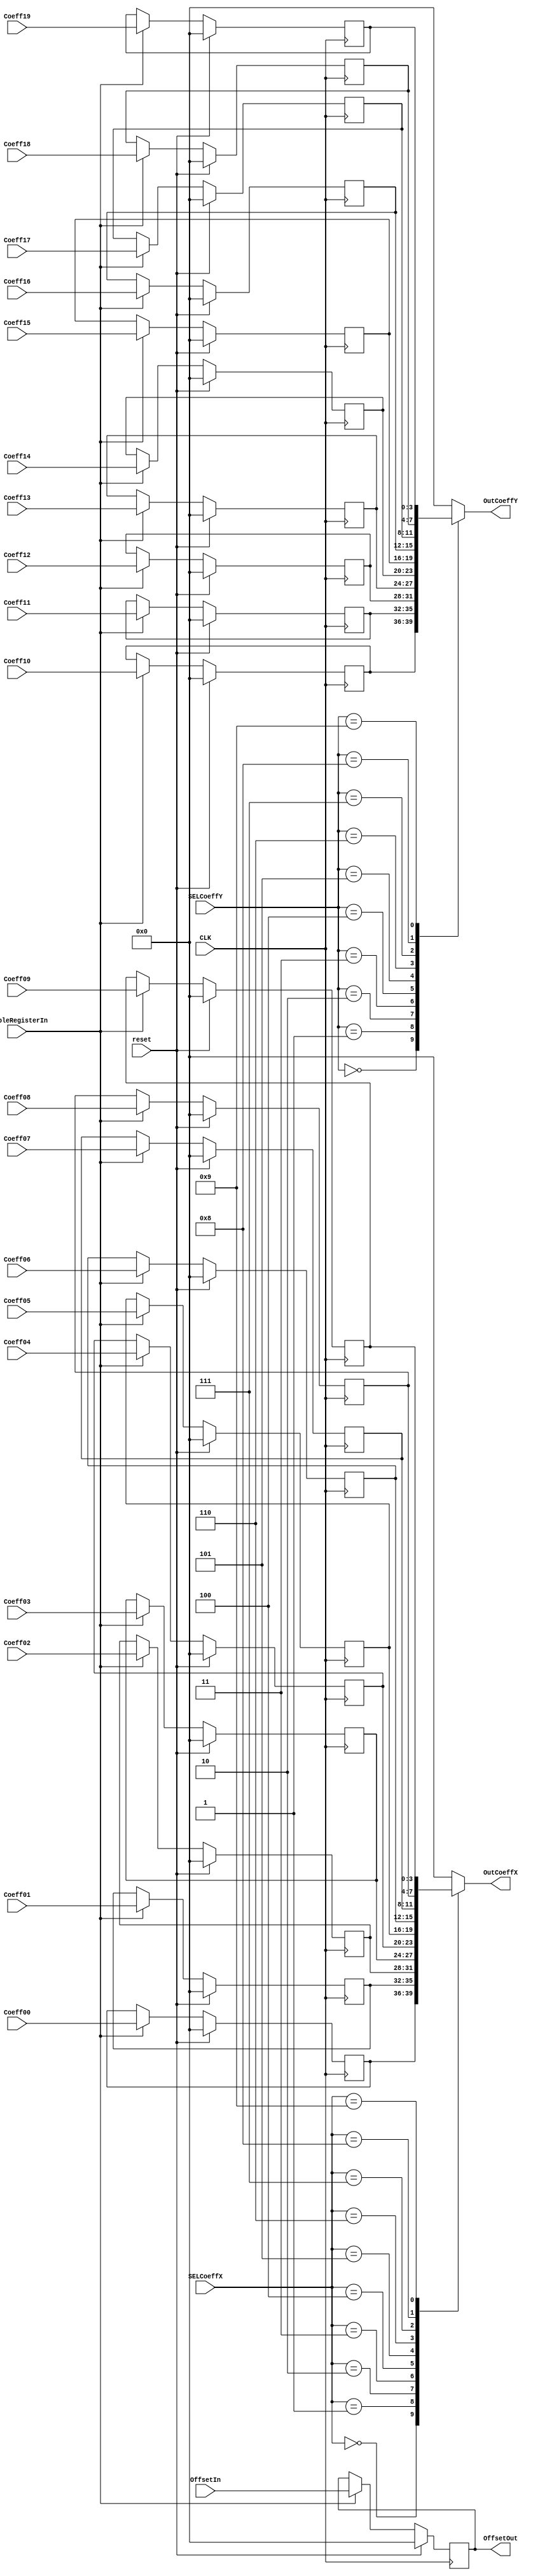
module RegistroWithMuxInput#(parameter Width = 4)
(CLK,EnableRegisterIn,reset,SELCoeffX,SELCoeffY,Coeff00,Coeff01,Coeff02,Coeff03,Coeff04,Coeff05,Coeff06,Coeff07,Coeff08,Coeff09,
Coeff10,Coeff11,Coeff12,Coeff13,Coeff14,Coeff15,Coeff16,Coeff17,Coeff18,Coeff19,OffsetIn,OutCoeffX,OutCoeffY,OffsetOut);

	input signed [Width-1:0] Coeff00,Coeff01,Coeff02,Coeff03,Coeff04,Coeff05,Coeff06,Coeff07,Coeff08,
	Coeff09,Coeff10,Coeff11,Coeff12,Coeff13,Coeff14,Coeff15,Coeff16,Coeff17,Coeff18,Coeff19,OffsetIn;
	
	input CLK,EnableRegisterIn,reset;
	input [3:0] SELCoeffX,SELCoeffY;
	
	output reg signed [Width-1:0] OutCoeffX = 0;
	output reg signed [Width-1:0] OutCoeffY = 0;  //OffsetOut
	output signed [Width-1:0] OffsetOut;
	
	reg signed [Width-1:0] AuxCoeff00,AuxCoeff01,AuxCoeff02,AuxCoeff03,AuxCoeff04,AuxCoeff05,AuxCoeff06,
	AuxCoeff07,AuxCoeff08,AuxCoeff09,AuxCoeff10,AuxCoeff11,AuxCoeff12,AuxCoeff13,AuxCoeff14,AuxCoeff15,AuxCoeff16,
	AuxCoeff17,AuxCoeff18,AuxCoeff19,AuxCoeff20;
	
	always @(posedge CLK)
	  if (reset) begin
		  AuxCoeff00 <= 0;
		  AuxCoeff01 <= 0;
		  AuxCoeff02 <= 0;
		  AuxCoeff03 <= 0;
		  AuxCoeff04 <= 0;
		  AuxCoeff05 <= 0;
		  AuxCoeff06 <= 0;
		  AuxCoeff07 <= 0;
		  AuxCoeff08 <= 0;
		  AuxCoeff09 <= 0;
		  AuxCoeff10 <= 0;
		  AuxCoeff11 <= 0;
		  AuxCoeff12 <= 0;
		  AuxCoeff13 <= 0;
		  AuxCoeff14 <= 0;
		  AuxCoeff15 <= 0;
		  AuxCoeff16 <= 0;
		  AuxCoeff17 <= 0;
		  AuxCoeff18 <= 0;
		  AuxCoeff19 <= 0;
		  AuxCoeff20 <= 0;
	  end else if (EnableRegisterIn) begin
		  AuxCoeff00 <= Coeff00;
		  AuxCoeff01 <= Coeff01;
		  AuxCoeff02 <= Coeff02;
		  AuxCoeff03 <= Coeff03;
		  AuxCoeff04 <= Coeff04;
		  AuxCoeff05 <= Coeff05;
		  AuxCoeff06 <= Coeff06;
		  AuxCoeff07 <= Coeff07;
		  AuxCoeff08 <= Coeff08;
		  AuxCoeff09 <= Coeff09;
		  AuxCoeff10 <= Coeff10;
		  AuxCoeff11 <= Coeff11;
		  AuxCoeff12 <= Coeff12;
		  AuxCoeff13 <= Coeff13;
		  AuxCoeff14 <= Coeff14;
		  AuxCoeff15 <= Coeff15;
		  AuxCoeff16 <= Coeff16;
		  AuxCoeff17 <= Coeff17;
		  AuxCoeff18 <= Coeff18;
		  AuxCoeff19 <= Coeff19;
		  AuxCoeff20 <= OffsetIn;
	  end
	  
	  assign OffsetOut = AuxCoeff20;
	  
	  always @(SELCoeffX, AuxCoeff00,AuxCoeff01,AuxCoeff02,AuxCoeff03,AuxCoeff04,AuxCoeff05,AuxCoeff06,
		AuxCoeff07,AuxCoeff08,AuxCoeff09)
      case (SELCoeffX)
         5'd00: OutCoeffX <= AuxCoeff00;
         5'd01: OutCoeffX <= AuxCoeff01;
         5'd02: OutCoeffX <= AuxCoeff02;
         5'd03: OutCoeffX <= AuxCoeff03;
         5'd04: OutCoeffX <= AuxCoeff04;
         5'd05: OutCoeffX <= AuxCoeff05;
         5'd06: OutCoeffX <= AuxCoeff06;
         5'd07: OutCoeffX <= AuxCoeff07;
			5'd08: OutCoeffX <= AuxCoeff08;
         5'd09: OutCoeffX <= AuxCoeff09;	
			default : OutCoeffX <= 0;
      endcase
		
		always @(SELCoeffY,AuxCoeff10,AuxCoeff11,AuxCoeff12,AuxCoeff13,AuxCoeff14,AuxCoeff15,AuxCoeff16,
		AuxCoeff17,AuxCoeff18,AuxCoeff19)
      case (SELCoeffY)
         5'd00: OutCoeffY <= AuxCoeff10;
         5'd01: OutCoeffY <= AuxCoeff11;
         5'd02: OutCoeffY <= AuxCoeff12;
         5'd03: OutCoeffY <= AuxCoeff13;
         5'd04: OutCoeffY <= AuxCoeff14;
         5'd05: OutCoeffY <= AuxCoeff15;
         5'd06: OutCoeffY <= AuxCoeff16;
         5'd07: OutCoeffY <= AuxCoeff17;
			5'd08: OutCoeffY <= AuxCoeff18;
         5'd09: OutCoeffY <= AuxCoeff19;	
			default : OutCoeffY <= 0;
      endcase


endmodule